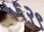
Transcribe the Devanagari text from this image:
५६२९